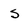
Character: s